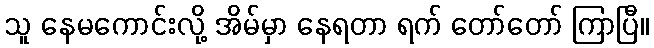
သူ နေမကောင်းလို့ အိမ်မှာ နေရတာ ရက် တော်တော် ကြာပြီ။